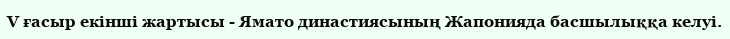
V ғасыр екінші жартысы - Ямато династиясының Жапонияда басшылыққа келуі.